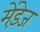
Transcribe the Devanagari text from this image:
मेंडे़ज